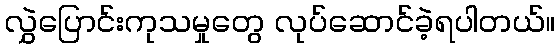
လွှဲပြောင်းကုသမှုတွေ လုပ်ဆောင်ခဲ့ရပါတယ်။